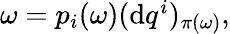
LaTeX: \begin{array}{r}{\omega={p}_{i}(\omega)(\mathrm{d}q^{i})_{{\pi}(\omega)},}\end{array}